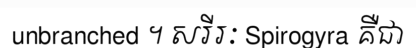
unbranched ។ សរីរៈ Spirogyra គឺជា